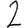
Digit: 2